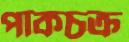
পাকচক্র